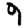
Digit: 9